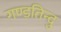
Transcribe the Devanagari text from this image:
गण्डतिन्दु